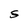
Character: S